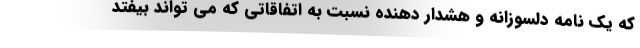
که یک نامه دلسوزانه و هشدار دهنده نسبت به اتفاقاتی که می تواند بیفتد